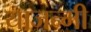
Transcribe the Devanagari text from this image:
याजन्मी